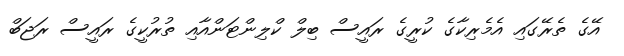
އޭގެ ތެރޭގައި އެމެރިކާގެ ކުރީގެ ރައީސް ބިލް ކްލިންޓަންއާއި ތުރުކީގެ ރައީސް ރަޖަބް